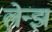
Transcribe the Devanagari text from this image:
लेन्झ